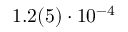
1 . 2 ( 5 ) \cdot 1 0 ^ { - 4 }